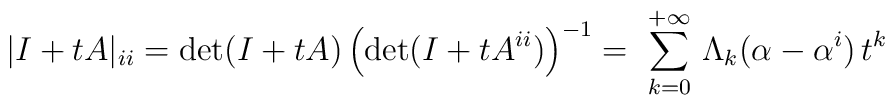
| I + tA |_{ii} = \hbox{det}(I+tA)\left(\hbox{det}(I+tA^{ii})\right)^{-1}=\ \sum_{k=0}^{+\infty} \, \Lambda_k ({\bf\alpha}-{\bf\alpha}^i) \,t^k